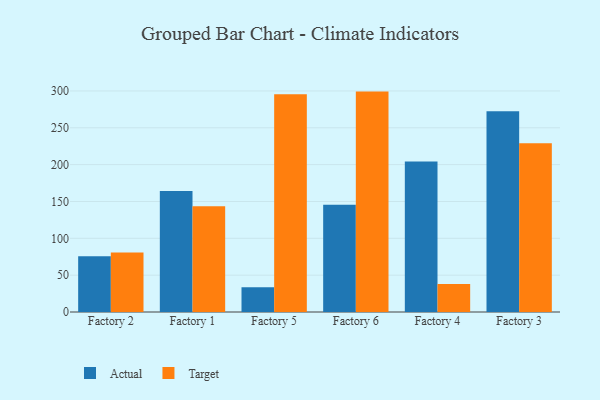
{"axis": {"x": "Factory", "y": "Temperature (°C)"}, "legend": ["Actual", "Target"], "data": [{"x": "Factory 2", "y": 75.6, "type": "Actual"}, {"x": "Factory 2", "y": 80.8, "type": "Target"}, {"x": "Factory 1", "y": 164.1, "type": "Actual"}, {"x": "Factory 1", "y": 143.5, "type": "Target"}, {"x": "Factory 5", "y": 33.6, "type": "Actual"}, {"x": "Factory 5", "y": 295.5, "type": "Target"}, {"x": "Factory 6", "y": 145.7, "type": "Actual"}, {"x": "Factory 6", "y": 299.1, "type": "Target"}, {"x": "Factory 4", "y": 204.3, "type": "Actual"}, {"x": "Factory 4", "y": 38.1, "type": "Target"}, {"x": "Factory 3", "y": 272.3, "type": "Actual"}, {"x": "Factory 3", "y": 229.1, "type": "Target"}]}